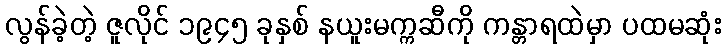
လွန်ခဲ့တဲ့ ဇူလိုင် ၁၉၄၅ ခုနှစ် နယူးမက္ကဆီကို ကန္တာရထဲမှာ ပထမဆုံး